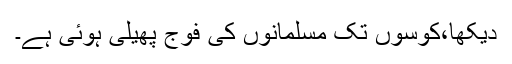
دیکھا،کوسوں تک مسلمانوں کی فوج پھیلی ہوئی ہے۔